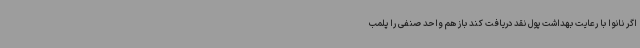
اگر نانوا با رعایت بهداشت پول نقد دریافت کند باز هم واحد صنفی را پلمب